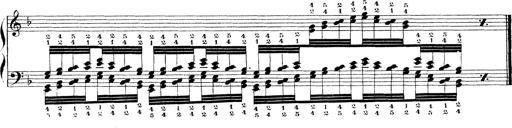
Title: Technische Studien
Composer: Franz Liszt